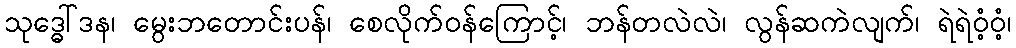
သုဒ္ဓေါ်ဒန၊ မွေးဘတောင်းပန်၊ စေလိုက်ဝန်ကြောင့်၊ ဘန်တလဲလဲ၊ လွန်ဆကဲလျက်၊ ရဲရဲဝံ့ဝံ့၊